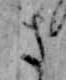
さ